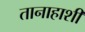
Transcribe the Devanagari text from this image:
तानाहाशी